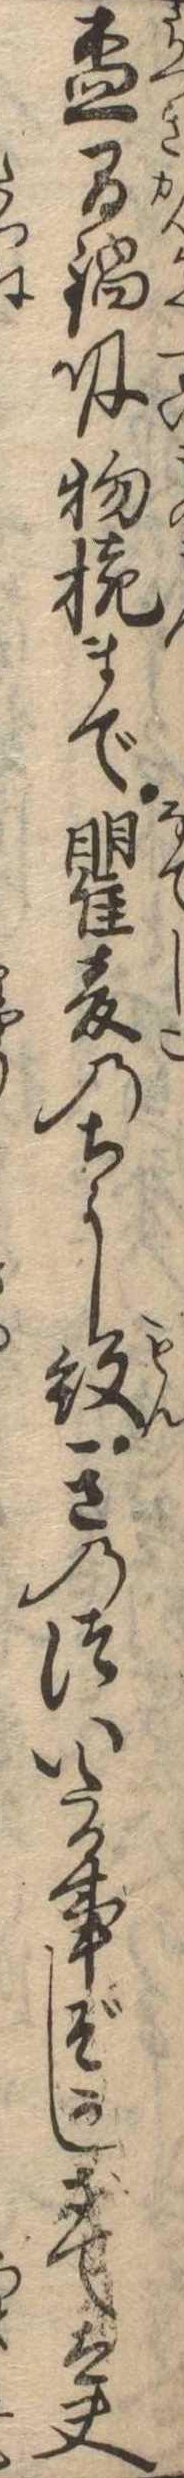
杯燗鍋吸物椀まで瞿麦のちらし紋きのついたる事ぞかしさて太夫